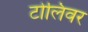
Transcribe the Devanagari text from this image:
टोलिवर